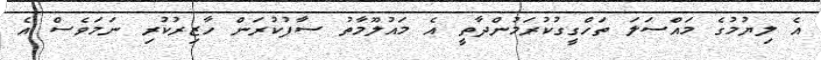
އެ ލިޔުމުގެ މައްސަލަ ތަހްގީގުކުރަމުންދާތީ އެ މައުލޫމާތު ސާފުކުރަން ހާޒިރުކުރި ނަމަވެސް އެ